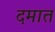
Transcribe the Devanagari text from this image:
दमात